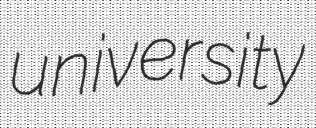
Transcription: university